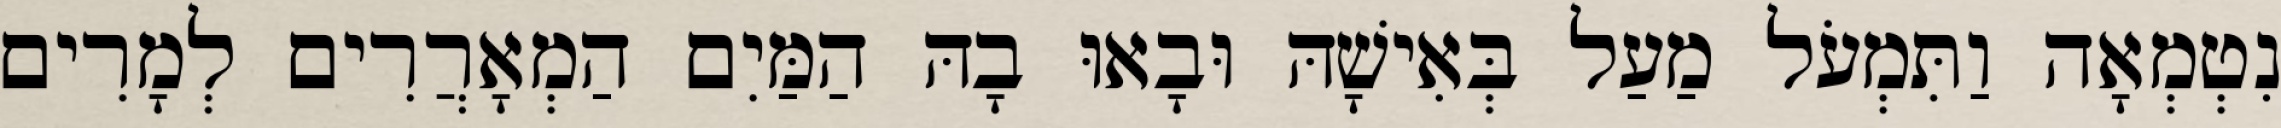
נִטְמְאָה וַתִּמְעֹל מַעַל בְּאִישָׁהּ וּבָאוּ בָהּ הַמַּיִם הַמְאָרֲרִים לְמָרִים